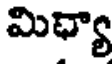
మిధ్యా